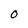
Character: O